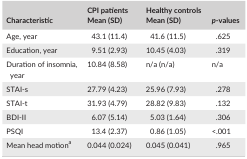
<table><thead><tr><td><b>Characteristic</b></td><td><b>CPI patientsMean (SD)</b></td><td><b>Healthy controlsMean (SD)</b></td><td><b><i>p</i>‐values</b></td></tr></thead><tbody><tr><td>Age, year</td><td>43.1 (11.4)</td><td>41.6 (11.5)</td><td>.625</td></tr><tr><td>Education, year</td><td>9.51 (2.93)</td><td>10.45 (4.03)</td><td>.319</td></tr><tr><td>Duration of insomnia, year</td><td>10.84 (8.58)</td><td>n/a (n/a)</td><td>n/a</td></tr><tr><td>STAI‐s</td><td>27.79 (4.23)</td><td>25.96 (7.93)</td><td>.278</td></tr><tr><td>STAI‐t</td><td>31.93 (4.79)</td><td>28.82 (9.83)</td><td>.132</td></tr><tr><td>BDI‐II</td><td>6.07 (5.14)</td><td>5.03 (1.64)</td><td>.306</td></tr><tr><td>PSQI</td><td>13.4 (2.37)</td><td>0.86 (1.05)</td><td>&lt;.001</td></tr><tr><td>Mean head motiona</td><td>0.044 (0.024)</td><td>0.045 (0.041)</td><td>.965</td></tr></tbody></table>